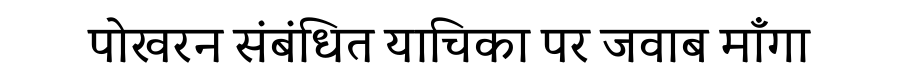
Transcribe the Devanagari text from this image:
पोखरन संबंधित याचिका पर जवाब माँगा